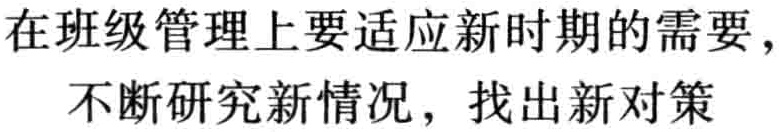
在班级管理上要适应新时期的需要，不断研究新情况，找出新对策